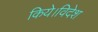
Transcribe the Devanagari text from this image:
किये।विदेश